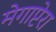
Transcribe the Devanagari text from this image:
मेगाप्टेरा